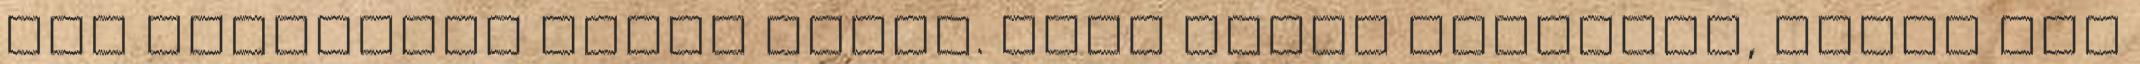
úgy döntöttem rájuk állok. Mint utóbb kiderült, napok óta